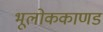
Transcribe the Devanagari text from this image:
भूलाेककाणड